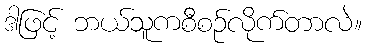
ဒါဖြင့် ဘယ်သူကစီစဉ်လိုက်တာလဲ။